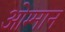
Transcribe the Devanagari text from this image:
ओम्मान